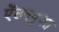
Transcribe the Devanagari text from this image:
ऐंठनयुक्त